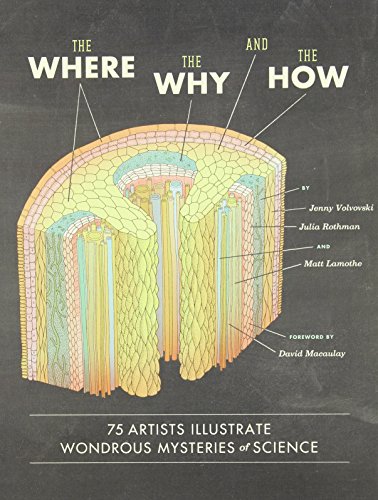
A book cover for The Where, the Why, and the How: 75 Artists Illustrate Wondrous Mysteries of Science; Matt Lamothe; Arts & Photography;